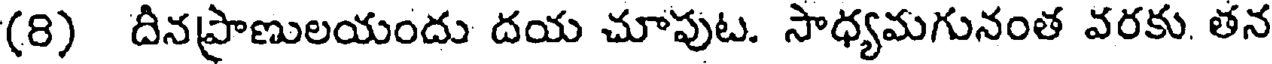
(8) దినప్రాణులయందు దయ చూపుట. సాధ్యమగునంత వరకు. తన